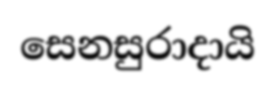
සෙනසුරාදායි